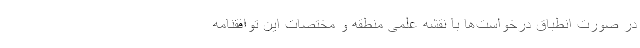
در صورت انطباق درخواست‌ها با نقشه علمی منطقه و مختصات این توافقنامه